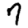
Digit: 7